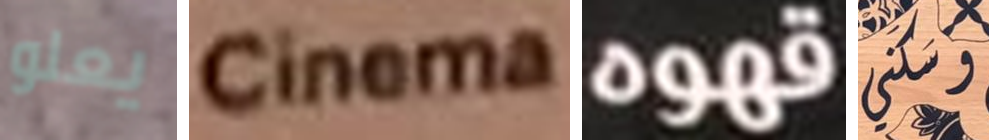
يعلو Cinema قهوه سكني